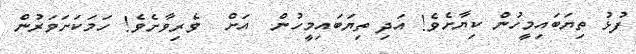
ފުޅު ތިޔަބައިމީހުން ކިޔާށެވެ! އަދި ތިޔަބައިމީހުން  އަށް  ވެރިވާށެވެ! ހަމަކަށަވަރުން